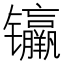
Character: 𰿊